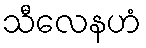
သီလေနဟံ